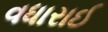
વધારાઈ